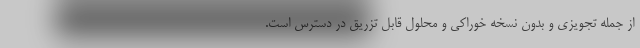
از جمله تجویزی و بدون نسخه خوراکی و محلول قابل تزریق در دسترس است.